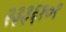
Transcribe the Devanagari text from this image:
२३३६१०१